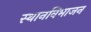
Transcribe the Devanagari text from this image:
स्थानविभाजन